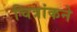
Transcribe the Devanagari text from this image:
चित्रांकने